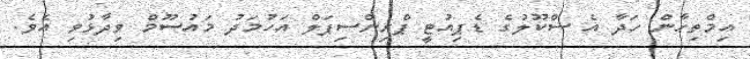
އިމްތިހާން ހަދާ އެ ސްކޫލުގެ ޑެޕިއުޓީ ޕްރިންސިޕަލް އަހުމަދު މައުސޫމް ވިދާޅުވި އެވެ.